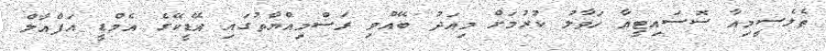
ތެލެސީމިއާ ސޮސައިޓީއާ ހަވާލު ކުރުމަށް މިއަދު ބޭއްވި ރަސްމިއްޔާތުގައި އޭޑީކޭގެ އެމްޑީ އަފްއާލް